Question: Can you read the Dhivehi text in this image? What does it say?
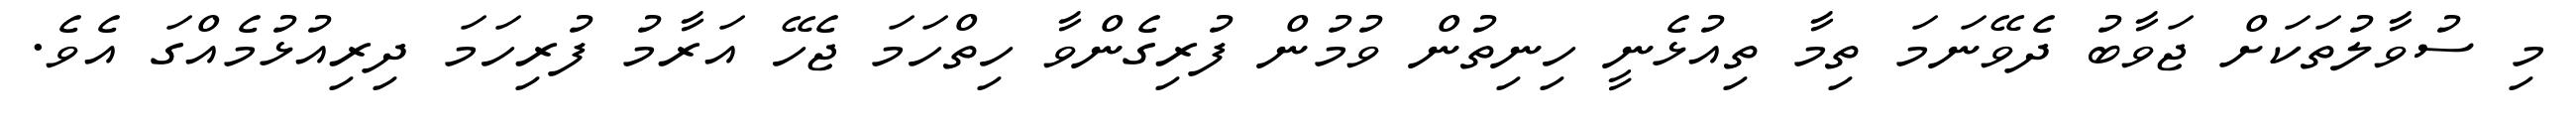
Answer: މި ސުވާލުތަކަށް ޖަވާބު ދެވޭނަމަ ތިމާ ތިއުޅެނީ ހިނިތުން ވުމުން ފުރިގެންވާ ހިތްހަމަ ޖެހޭ އަރާމު ފުރިހަމަ ދިރިއުޅުމެއްގަ އެވެ.